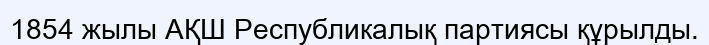
1854 жылы АҚШ Республикалық партиясы құрылды.